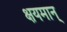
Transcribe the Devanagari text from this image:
क्षयमान्